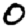
Digit: 0